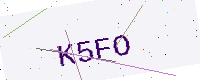
Text: K5FO